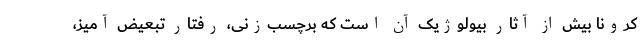
کرونا بیش از آثار بیولوژیک آن است که برچسب‌زنی، رفتار تبعیض آمیز،